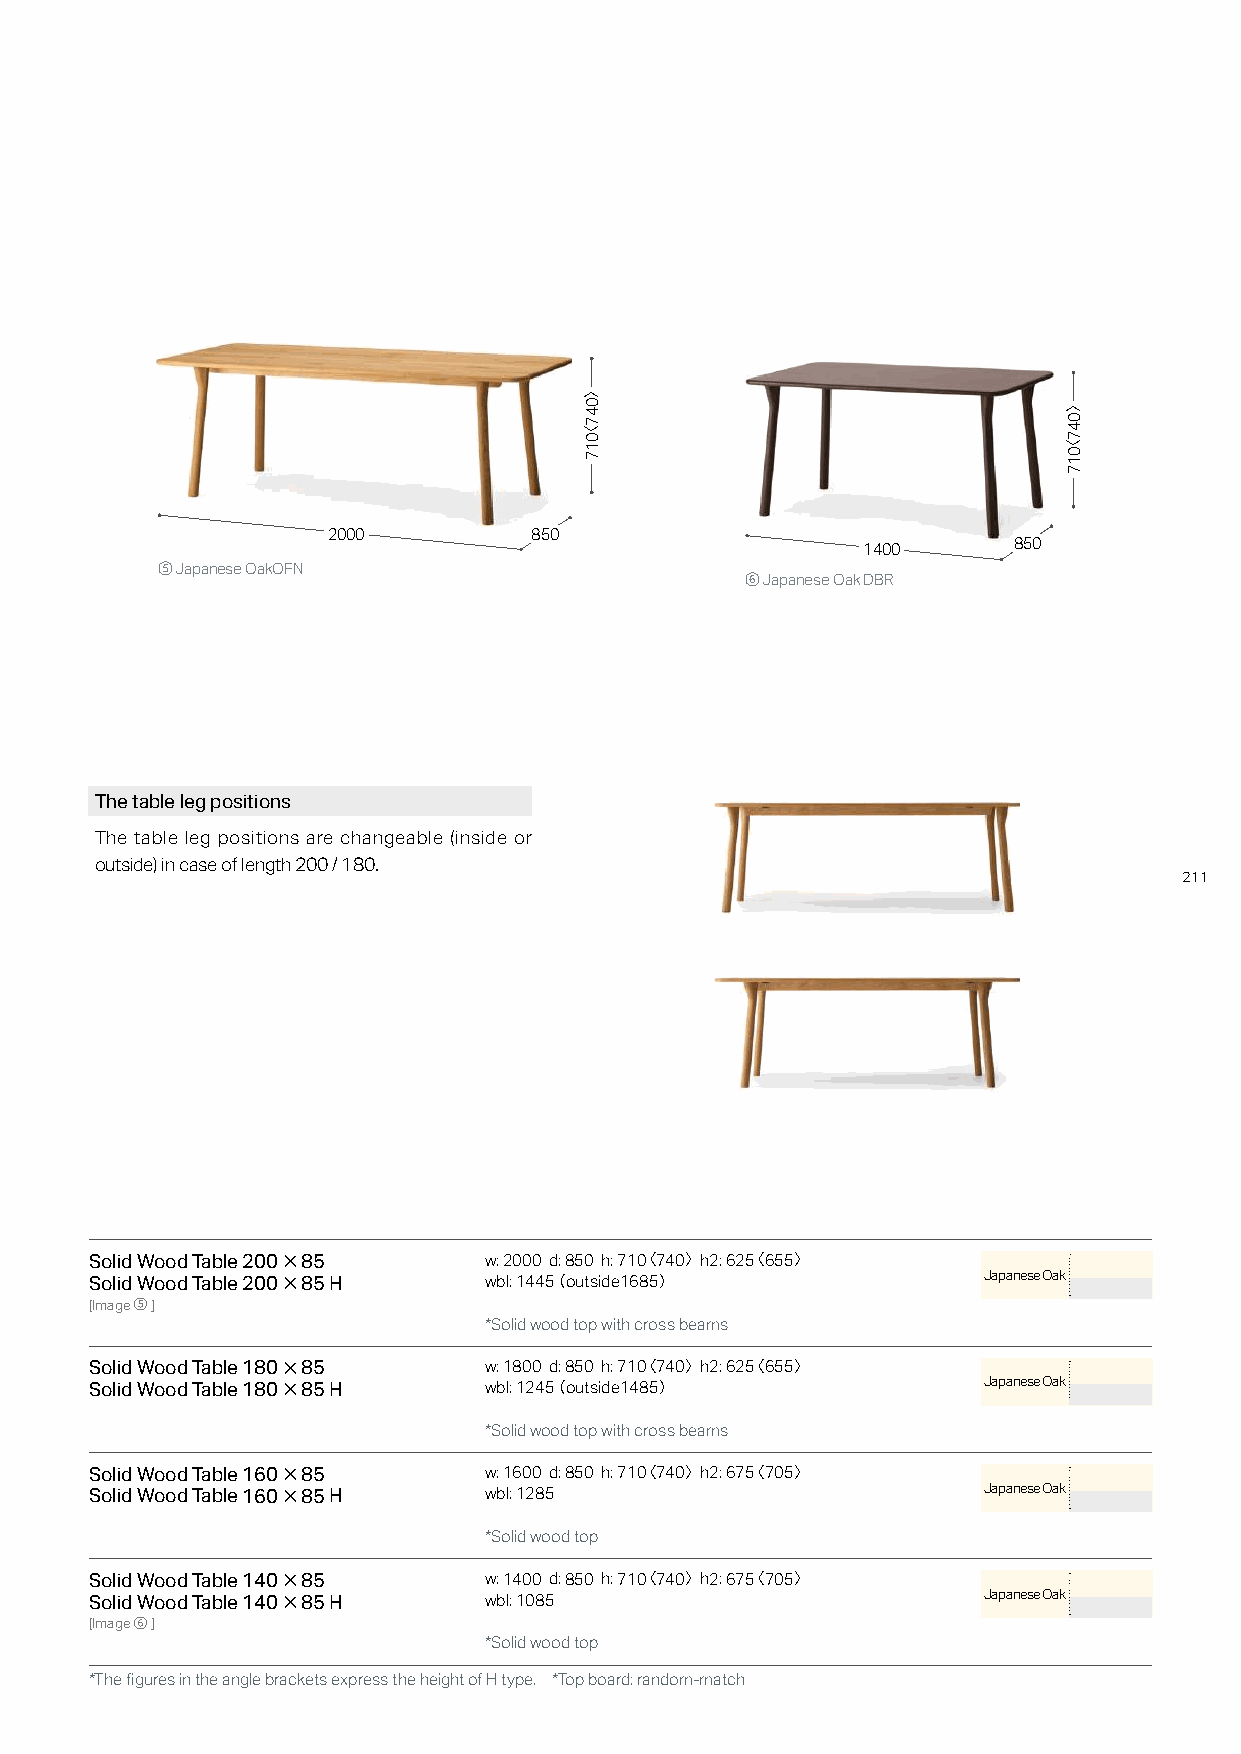
2000         850
 1400      850
 ⑤ Japanese OakOFN
 ⑥ Japanese Oak DBR
 The table leg positions
 The table leg positions are changeable (inside or
 outside) in case of length 200 / 180.
 211
 Solid Wood Table 200×85   w: 2000 d: 850 h: 710〈 740〉 h2: 625〈 655〉
 Solid Wood Table 200×85 H wbl: 1445（ outside1685）          Japanese Oak
 [Image⑤]
 *Solid wood top with cross beams
 Solid Wood Table 180×85   w: 1800 d: 850 h: 710〈 740〉 h2: 625〈 655〉
 Solid Wood Table 180×85 H wbl: 1245（ outside1485）          Japanese Oak
 *Solid wood top with cross beams
 Solid Wood Table 160×85   w: 1600 d: 850 h: 710〈 740〉 h2: 675〈 705〉
 Solid Wood Table 160×85 H wbl: 1285                        Japanese Oak
 *Solid wood top
 Solid Wood Table 140×85   w: 1400 d: 850 h: 710〈 740〉 h2: 675〈 705〉
 Solid Wood Table 140×85 H wbl: 1085                        Japanese Oak
 [Image⑥]
 *Solid wood top
 *The figures in the angle brackets express the height of H type. *Top board: random-match
 〉047〈017
 〉047〈017